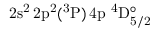
\mathrm { 2 s ^ { 2 } \, 2 p ^ { 2 } ( ^ { 3 } P ) \, 4 p ~ ^ { 4 } D _ { 5 / 2 } ^ { \circ } }